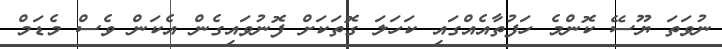
ނުވަތަ ޔޫސޭ ކޮންމެ ހަފުތާއެއްގައި ކަހަލަ ގޮތަކަށް ފޮނުވައިގެން އެކަން ވެސް މެޑަމް